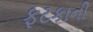
ફટકાની